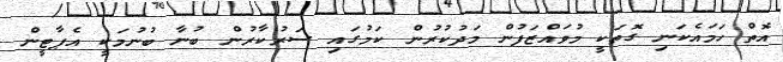
އޮތް ހަމައެކަނި ގޮތަކީ މުވައްޒަފުން މަދުކުރުން ކަމުގައި ސަރުކާރުން ބުނާ ބުނުމަކީ އެޕާޓީން